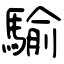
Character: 騟